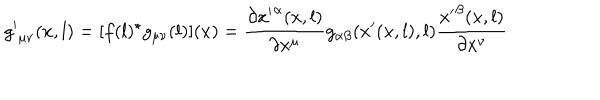
{ g ^ { \prime } } _ { \mu \nu } ( x , l ) = [ f ( l ) ^ { \star } g _ { \mu \nu } ( l ) ] ( x ) = \frac { \partial { x ^ { \prime } } ^ { \alpha } ( x , l ) } { \partial x ^ { \mu } } g _ { \alpha \beta } ( x ^ { \prime } ( x , l ) , l ) \frac { { x ^ { \prime } } ^ { \beta } ( x , l ) } { \partial x ^ { \nu } }